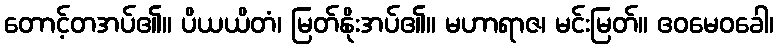
တောင့်တအပ်၏။ ပိယယိတံ၊ မြတ်နိုးအပ်၏။ မဟာရာဇ၊ မင်းမြတ်။ ဧဝမေဝခေါ၊